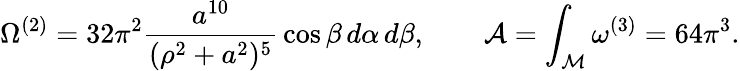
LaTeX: \Omega^{(2)}=32\pi^{2}{\frac{a^{10}}{(\rho^{2}+a^{2})^{5}}}\cos\beta\, d\alpha\, d\beta,\quad\quad{\cal A}=\int_{\cal M}\omega^{(3)}=64\pi^{3}.